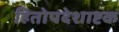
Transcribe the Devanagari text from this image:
हितोपदेशाष्टक